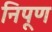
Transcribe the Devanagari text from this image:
निपूण